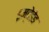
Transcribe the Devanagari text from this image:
इम्बेडेड